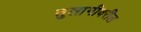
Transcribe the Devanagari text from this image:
तुलागीवरील